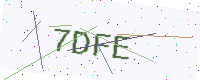
Text: 7DFE